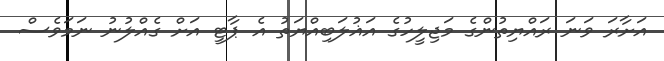
އަށާރަ ވަނަ ރައްޔިތުންގެ މަޖިލީހުގެ އަޣުލަބިއްޔަތު އެ ޕާޓީ އަށް ގެއްލުނު ނަމަވެސް